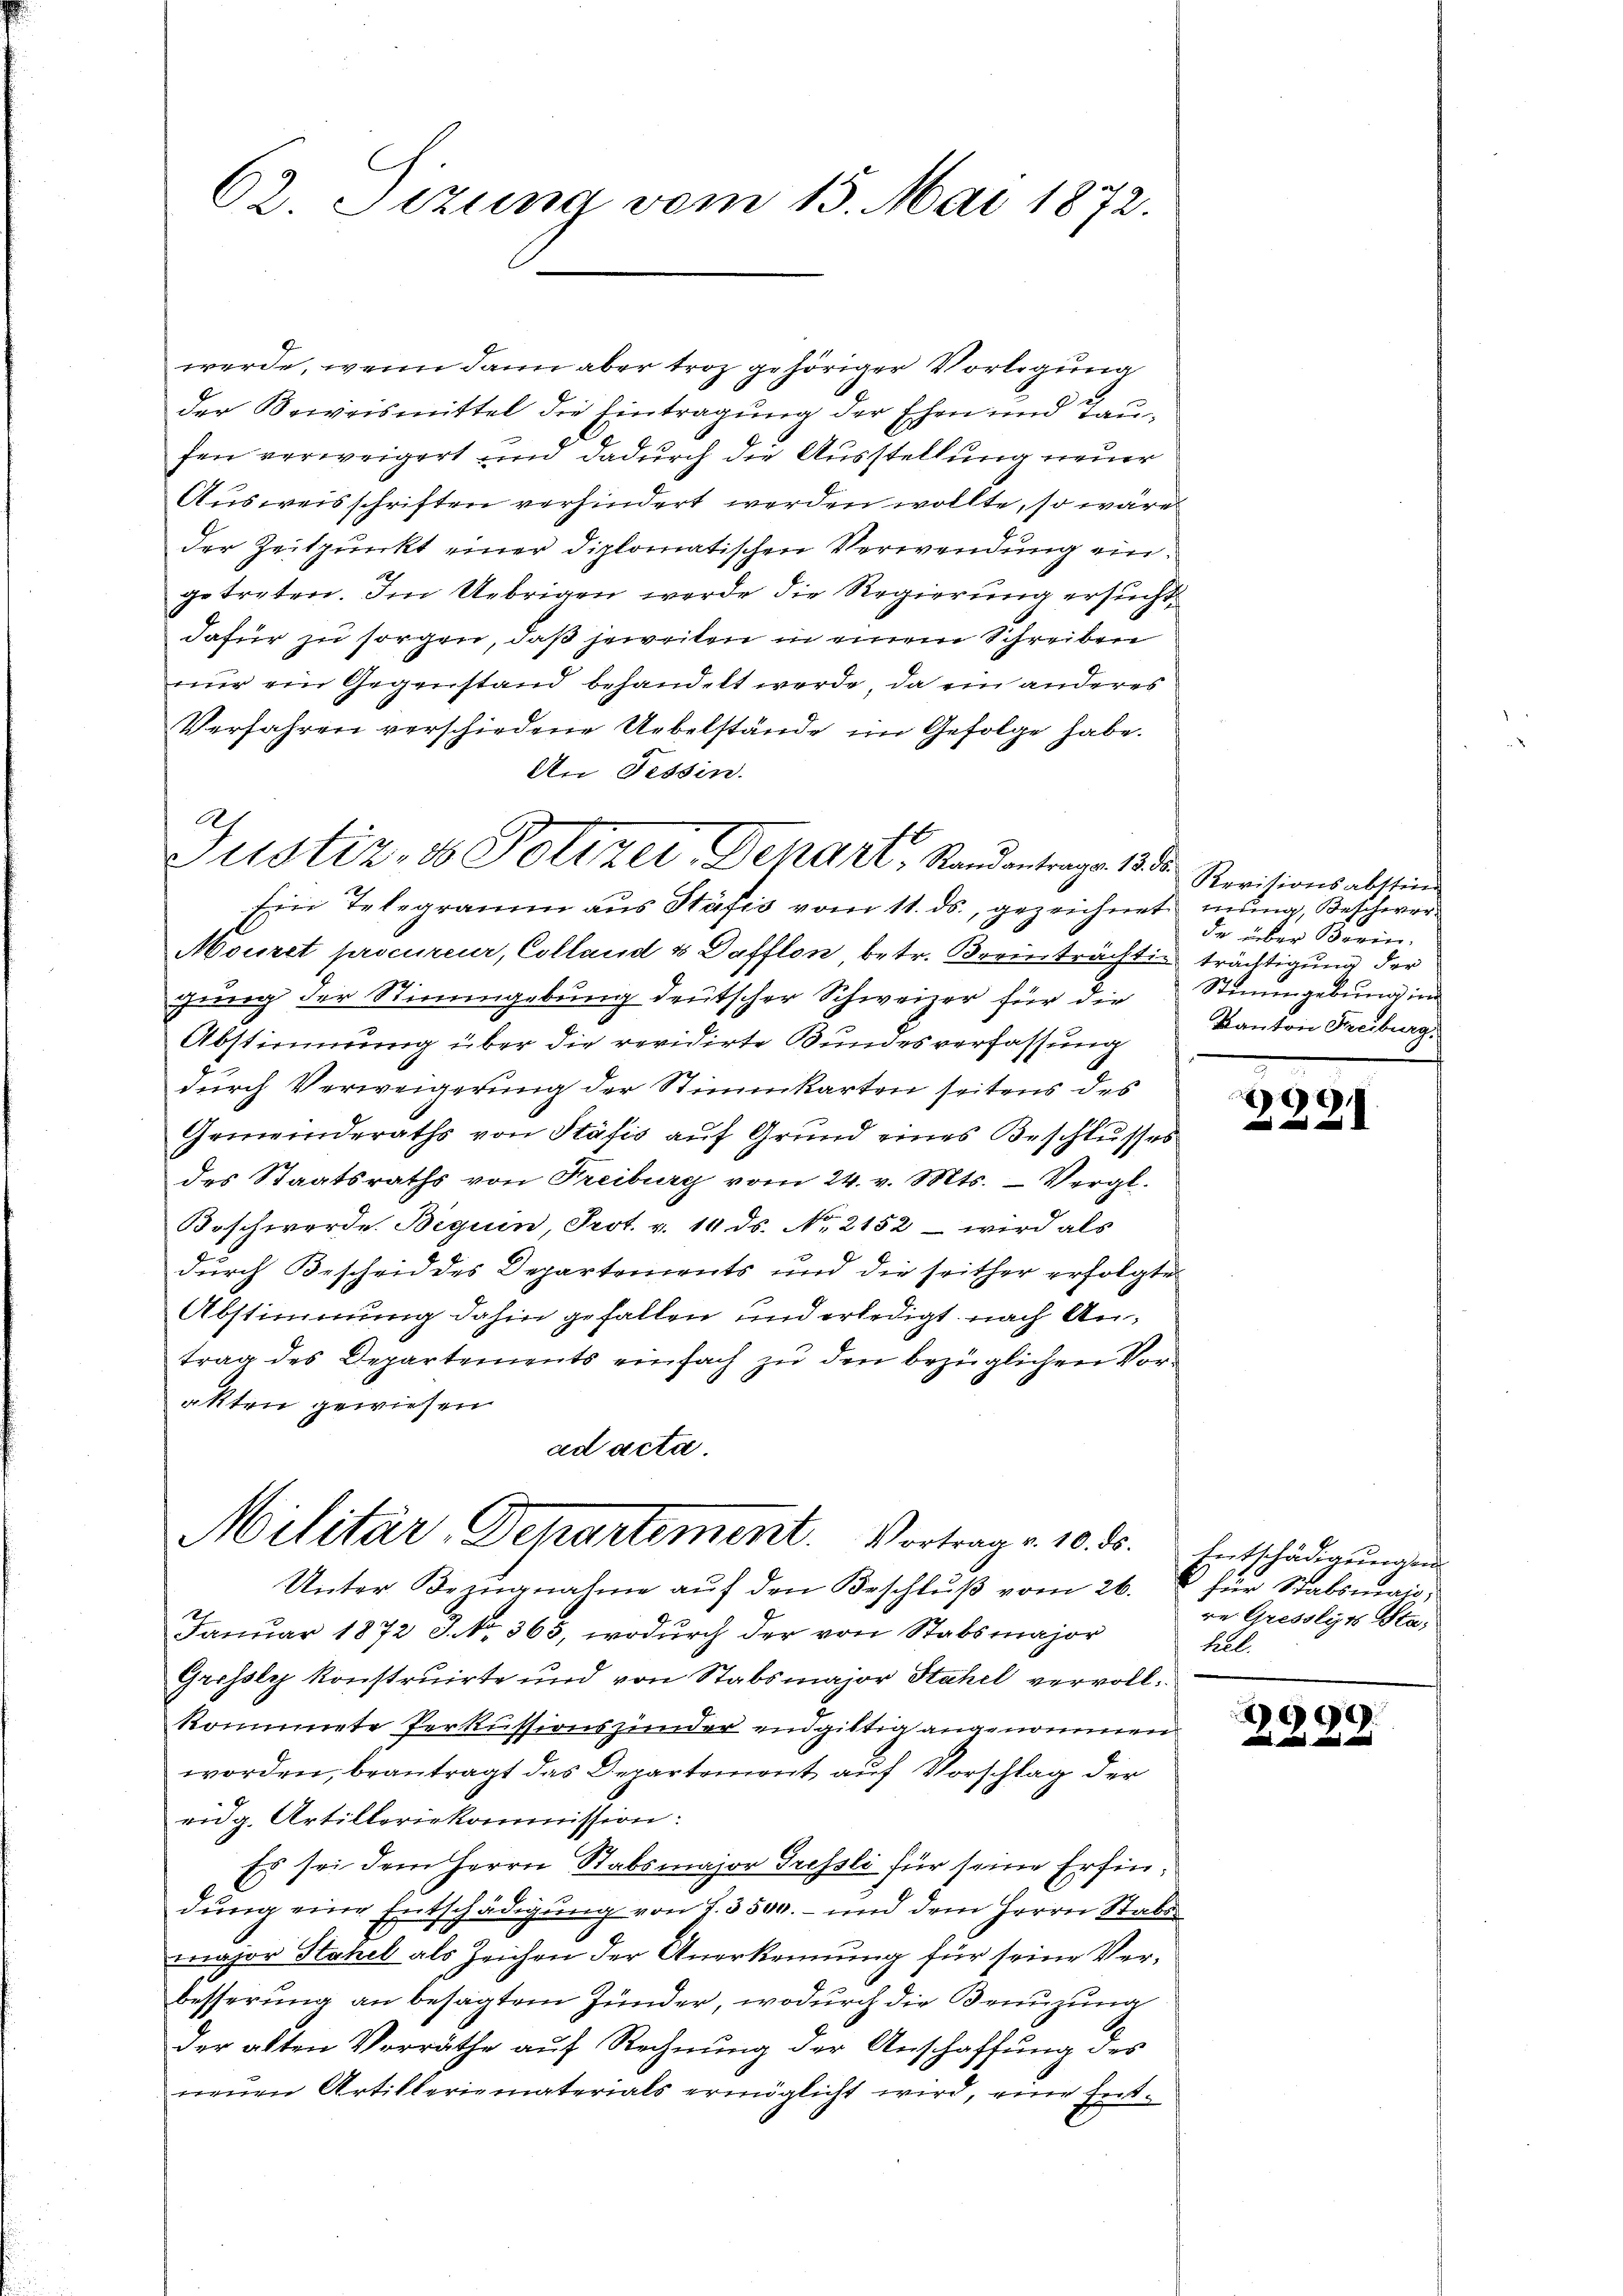
62. Sizung vom 15. Mai 1872.

werde, wenn dann aber troz gehöriger Vorlegung
der Beweismittel die Eintragung der Ehen und Taufen verweigert und dadurch die Ausstellung neuer
Ausweisschriften verhindert werden wollte, so wäre
der Zeitpunkt einer diplomatischen Verwendung eingetreten. Im Uebrigen werde die Regierung ersucht
dafür zu sorgen, daß jeweiten in einem Schreiben
nur ein Gegenstand behandelt werde, da ein anderes
Verfahren verschiedene Uebelstände im Gefolge habe.
An Tessin.
Ein Telegramm aus Stäfis vom 11. ds., gezeichnet mung, Beschwer¬
Mouret procureur, Colland & Dafflon betr. Bromträchtig trächtigung der
gung der Stimmgebung deutscher Schweizer für die Stimmgebung in
Abstimmung über die revidirte Bundesverfassung
durch Verweigerung der Stimmkarten seitens des
Gemeinderaths von Stäfis auf Grund eines Beschlusses
des Staatsraths von Freiburg vom 24. v. Mts. Vergl.
Boschwerde Bequen, Prot. v. 14 ds. No. 2152 - wird als
durch Bescheid des Departements und die seither erfolgte
Abstimmung dahin gefallen und erledigt nach Antrag des Departements einfach zu den bezüglichen Vorakten gewiesen
ad acta.
Militär-Departement. Vortrag v. 10. ds. Entschädigŭngen
Unter Bringnahme auf den Beschluß vom 26.
9.
Januar 1872 J. No. 365, wodurch der von Stabsmajor
Grossly konstruirte und von Stabsmajor Stahel vervollkommte Perkussionszinder endgittig angenommen
worden, beantragt das Departemont auf Vorschlag der
eidg. Artilleriekommission:
Es sei dem Herrn Stabsmajor Tressli für seine Erfindung eine Entschädigung von J. 3500.- und dem Herrn Stabs
major Stahel als Zeichen der Anerkennung für seine Verbesserung an besagtem Zunder, wodurch die Benuzung
der alten Verräthe auf Rechnung der Anschaffung der
neuen Artikleriematerials ermöglicht wird, eine Ent¬

Justiz- & Polizei, Depart. Standentrage 1882

Revisionsabstim
de über Brein.
Kanton Freiburg.

2221

Für Stabsmass,
re Gresseits Stahell.

990
   un